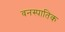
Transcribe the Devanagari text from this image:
वनस्पातिक